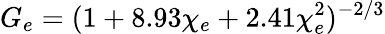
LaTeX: G_{e}=(1+8.93\chi_{e}+2.41\chi_{e}^{2})^{-2/3}